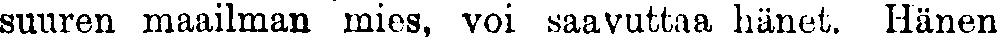
suuren maailman mies, voi saavuttaa hänet. Hänen